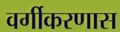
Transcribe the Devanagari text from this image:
वर्गीकरणास